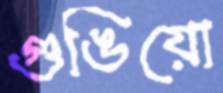
গুঙিয়ো